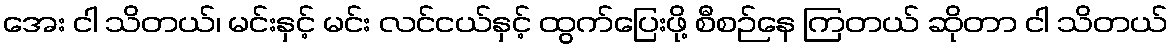
အေး ငါ သိတယ်၊ မင်းနှင့် မင်း လင်ငယ်နှင့် ထွက်ပြေးဖို့ စီစဉ်နေ ကြတယ် ဆိုတာ ငါ သိတယ်